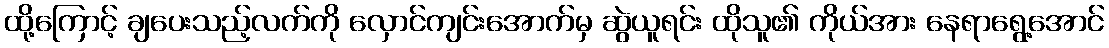
ထို့ကြောင့် ချပေးသည့်လက်ကို လှောင်ကျင်းအောက်မှ ဆွဲယူရင်း ထိုသူ၏ ကိုယ်အား နေရာရွေ့အောင်